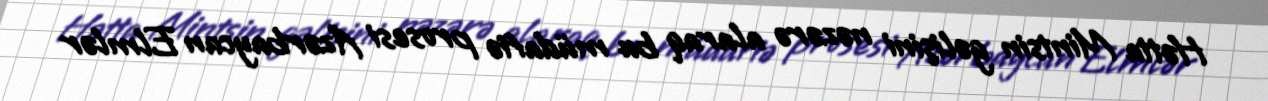
Hətta Mintsin gəlişini nəzərə alaraq bu müdafiə prosesi Azərbaycan Elmlər